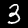
Label: 3